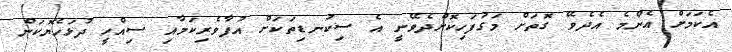
އެކަމަށް އެންމެ އެދެވޭ ގޮތަށް މަގުފަހިކޮށްދެވޭނީ އެ ސިކުނޑިތަކަށް އުފާވެރިކަމާއި ސިއްހީ ދުޅަހެޔޮކަން